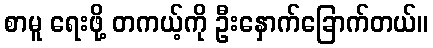
စာမူ ရေးဖို့ တကယ့်ကို ဦးနှောက်ခြောက်တယ်။